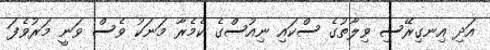
އަދި އިނގިރޭސި ވިލާތުގެ ސްކައި ނިއުސްގެ ކެމެރާ މަނަކު ވެސް ވަނީ މަރުވެފަ